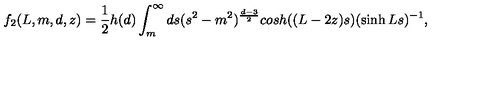
f _ { 2 } ( L , m , d , z ) = \frac { 1 } { 2 } h ( d ) \int _ { m } ^ { \infty } d s ( s ^ { 2 } - m ^ { 2 } ) ^ { \frac { d - 3 } { 2 } } c o s h ( ( L - 2 z ) s ) ( \sinh L s ) ^ { - 1 } ,